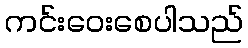
ကင်းဝေးစေပါသည်